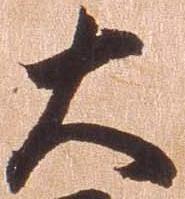
大